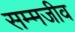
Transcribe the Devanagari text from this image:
सम्मजीव